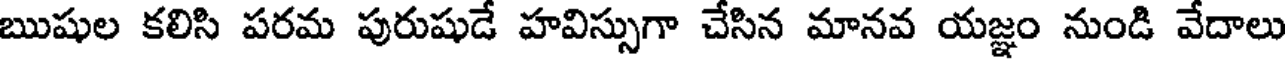
ఋషుల కలిసి పరమ పురుషుడే హవిస్సుగా చేసిన మానవ యజ్ఞం నుండి వేదాలు